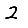
Digit: 2